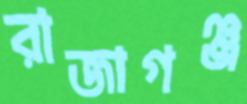
রাজাগঞ্জ